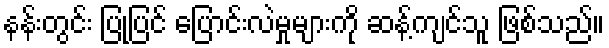
နန်းတွင်း ပြုပြင် ပြောင်းလဲမှုများကို ဆန့်ကျင်သူ ဖြစ်သည်။